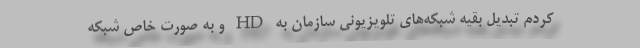
کردم تبدیل بقیه شبکه‌های تلویزیونی سازمان به HD و به صورت خاص شبکه